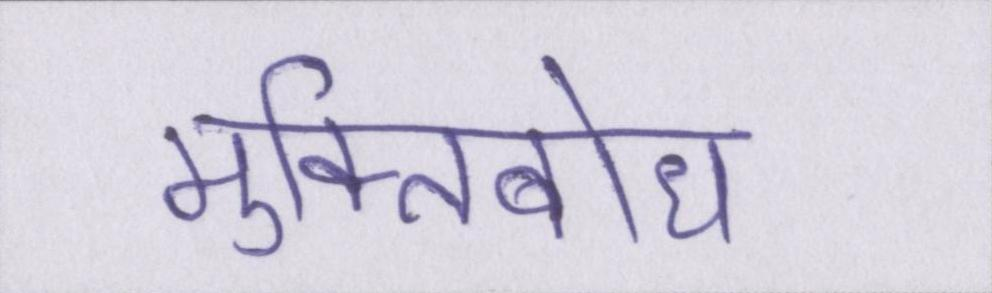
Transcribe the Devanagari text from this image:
मुक्तिबोध